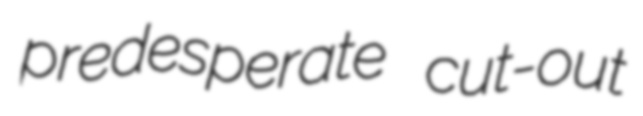
predesperate cut-out